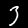
Digit: 3